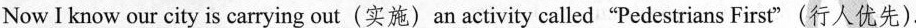
Now I know our city is carrying out(实施)an activity called"Pedestrians First"(行人优先).